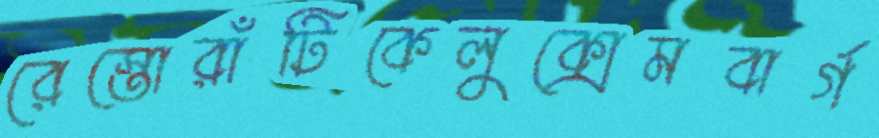
রেস্তোরাঁটিকেলুক্সেমবার্গ